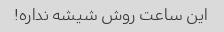
این ساعت روش شیشه نداره!